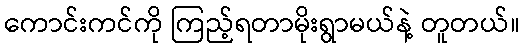
ကောင်းကင်ကို ကြည့်ရတာမိုးရွာမယ်နဲ့ တူတယ်။